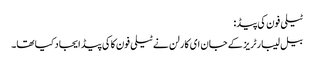
ٹیلی فون کی پیڈ:
بیل لیبارٹریز کے جان ای کارلن نے ٹیلی فون کاکی پیڈ ایجاد کیا تھا۔